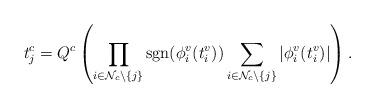
LaTeX: \begin{align*}t^c_j=Q^c\left(\prod_{i\in \mathcal{N}_c\setminus \{j\}}\operatorname{sgn}(\phi^v_i(t^v_i))\sum_{i\in \mathcal{N}_c\setminus \{j\}} |\phi^v_i(t^v_i)|\right).\end{align*}